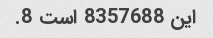
این 8357688 است 8.